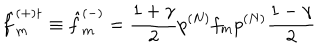
{ \hat { f } } _ { m } ^ { ( + ) \dagger } \equiv { \hat { f } } _ { m } ^ { ( - ) } = \frac { 1 + { \gamma } } { 2 } p ^ { ( N ) } f _ { m } p ^ { ( N ) } \frac { 1 - { \gamma } } { 2 }